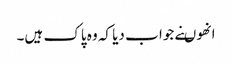
انھوںنے جوا ب دیا کہ وہ پاک ہیں۔